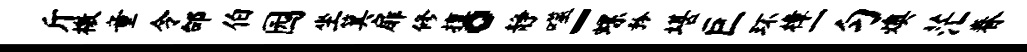
斤檄童令邰伯园坐箕扉修擅。静噬-螺矜堪巨环樟一匀燠茫眷